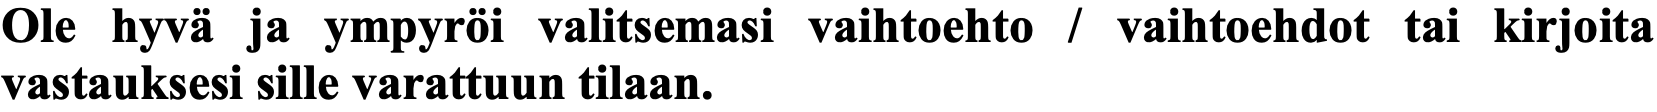
Ole hyvä ja ympyröi valitsemasi vaihtoehto / vaihtoehdot tai kirjoita vastauksesi sille varattuun tilaan.